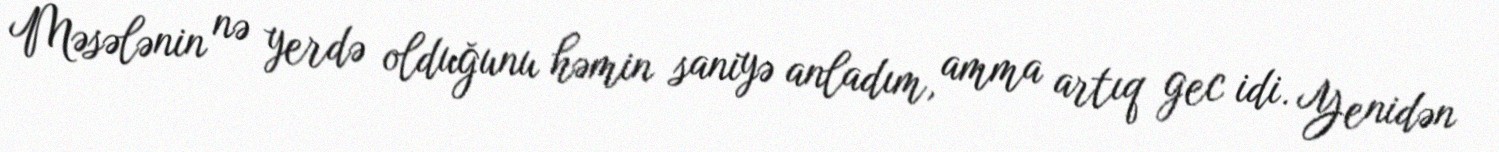
Məsələnin nə yerdə olduğunu həmin saniyə anladım, amma artıq gec idi. Yenidən